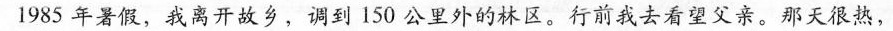
1985年暑假，我离开故乡，调到150公里外的林区。行前我去看望父亲。那天很热，